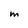
Character: M